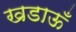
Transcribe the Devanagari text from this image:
खडाऊँ